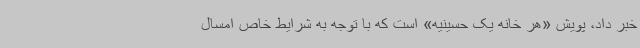
خبر داد، پویش «هر خانه یک حسینیه» است که با توجه به شرایط خاص امسال